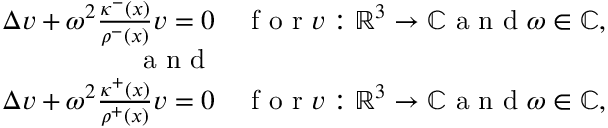
\begin{array} { r l } { \Delta v + \omega ^ { 2 } \frac { \kappa ^ { - } ( x ) } { \rho ^ { - } ( x ) } v = 0 } & { { } \mathrm { ~ f ~ o ~ r ~ } v : \mathbb { R } ^ { 3 } \rightarrow \mathbb { C } \mathrm { ~ a ~ n ~ d ~ } \omega \in \mathbb { C } , } \\ { \mathrm { ~ a ~ n ~ d ~ } } \\ { \Delta v + \omega ^ { 2 } \frac { \kappa ^ { + } ( x ) } { \rho ^ { + } ( x ) } v = 0 } & { { } \mathrm { ~ f ~ o ~ r ~ } v : \mathbb { R } ^ { 3 } \rightarrow \mathbb { C } \mathrm { ~ a ~ n ~ d ~ } \omega \in \mathbb { C } , } \end{array}